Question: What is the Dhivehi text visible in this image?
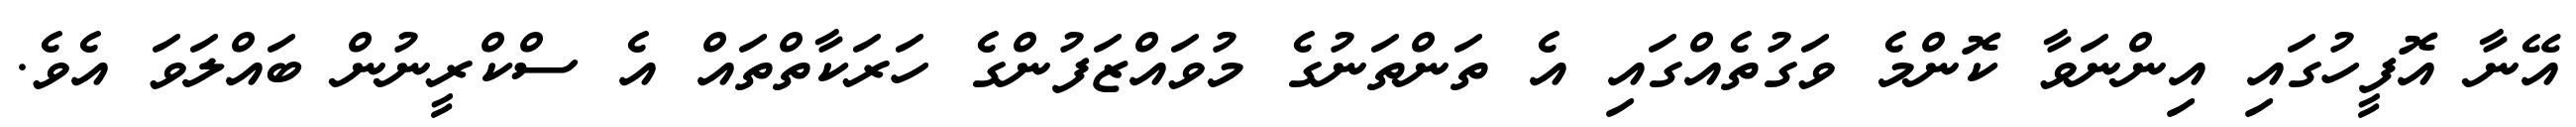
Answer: އޭނާ އޮފީހުގައި އިންނަވާ ކޮންމެ ވަގުތެއްގައި އެ ތަންތަނުގެ މުވައްޒަފުންގެ ހަރަކާތްތައް އެ ސްކްރީނުން ބައްލަވަ އެވެ.